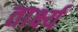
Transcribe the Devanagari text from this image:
तार्क्ष्य